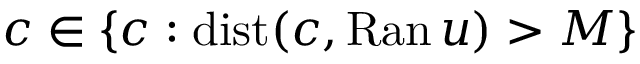
c \in \{ c : \mathrm { d i s t } ( c , \mathrm { R a n } \, u ) > M \}